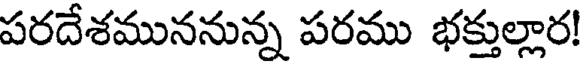
పరదేశముననున్న పరము భక్తుల్లార!